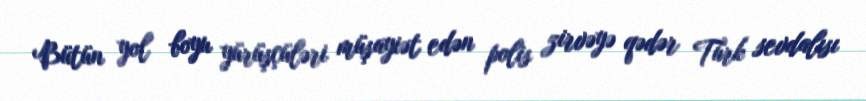
Bütün yol boyu yürüşçüləri müşayiət edən polis zirvəyə qədər Türk sevdalısı